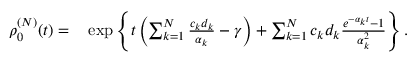
\begin{array} { r l } { \rho _ { 0 } ^ { ( N ) } ( t ) = } & { { } \exp \left\{ t \left( \sum _ { k = 1 } ^ { N } \frac { c _ { k } d _ { k } } { \alpha _ { k } } - \gamma \right) + \sum _ { k = 1 } ^ { N } c _ { k } d _ { k } \frac { e ^ { - \alpha _ { k } t } - 1 } { \alpha _ { k } ^ { 2 } } \right\} . } \end{array}